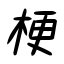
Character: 梗